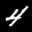
Label: 4